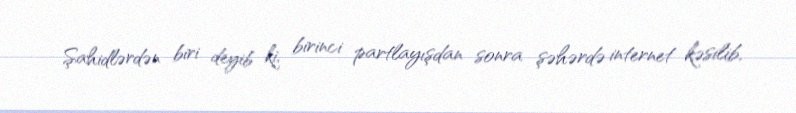
Şahidlərdən biri deyib ki, birinci partlayışdan sonra şəhərdə internet kəsilib,